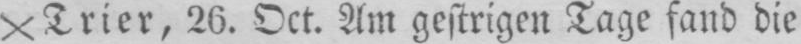
X Trier, 26. Oct. Am gestrigen Tage fand die